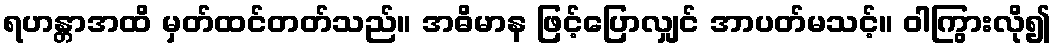
ရဟန္တာအထိ မှတ်ထင်တတ်သည်။ အဓိမာန ဖြင့်ပြောလျှင် အာပတ်မသင့်။ ဝါကြွားလို၍